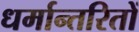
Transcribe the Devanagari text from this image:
धर्मान्तरितों